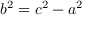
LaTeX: b ^ { 2 } = c ^ { 2 } - a ^ { 2 }